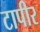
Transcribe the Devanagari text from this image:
टापीर